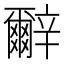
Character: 𰺬